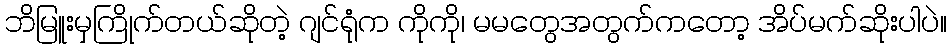
ဘိမြူးမှကြိုက်တယ်ဆိုတဲ့ ဂျင်ရုံက ကိုကို၊ မမတွေအတွက်ကတော့ အိပ်မက်ဆိုးပါပဲ။